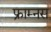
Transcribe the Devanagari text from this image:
फ्राम्नस